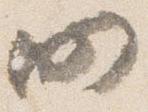
仍